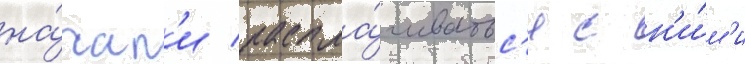
на́чал'и распла́чиватьс'я с н'и́м'и